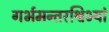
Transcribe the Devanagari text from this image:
गर्भमन्तरश्विभ्यां